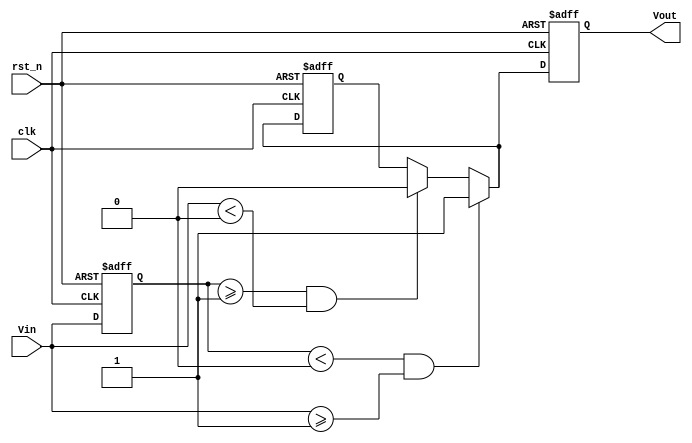
module schmitt_trigger_edge_detector (
    input wire clk,           // Clock signal for sampling
    input wire rst_n,         // Active low reset
    input wire Vin,           // Input signal to be monitored
    output reg Vout           // Output signal indicating edge detection
);

    // Threshold levels
    parameter Vth_high = 1;  // Example high threshold (can be adjusted)
    parameter Vth_low = 0;   // Example low threshold (can be adjusted)

    // State registers
    reg state;                // Current state of the edge detector
    reg last_Vin;             // Last sampled value of Vin

    // Edge detection logic
    always @(posedge clk or negedge rst_n) begin
        if (!rst_n) begin
            Vout <= 0;       // Reset output
            state <= 0;      // Reset state
            last_Vin <= 0;   // Reset last input
        end else begin
            last_Vin <= Vin; // Sample the input signal
            
            // Rising edge detection
            if (last_Vin < Vth_low && Vin >= Vth_high) begin
                Vout <= 1;    // Detected rising edge
                state <= 1;   // Update state to high
            end
            // Falling edge detection
            else if (last_Vin >= Vth_high && Vin < Vth_low) begin
                Vout <= 0;    // Detected falling edge
                state <= 0;   // Update state to low
            end
            // Maintain current state if within hysteresis region
            else begin
                Vout <= state; // Hold current state
            end
        end
    end

endmodule